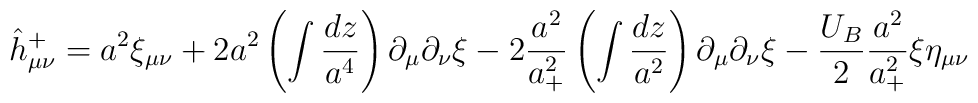
\hat h^+_{\mu\nu}= a^2\xi_{\mu\nu} + 2 a^2 \left(\int \frac{dz}{a^4}\right)\partial_{\mu}\partial_{\nu}\xi - 2 \frac{a^2}{a_+^2} \left(\int \frac{dz}{a^2}\right)\partial_{\mu}\partial_{\nu}\xi-\frac{U_B}{2}\frac{a^2}{a_+^2} \xi \eta_{\mu\nu}